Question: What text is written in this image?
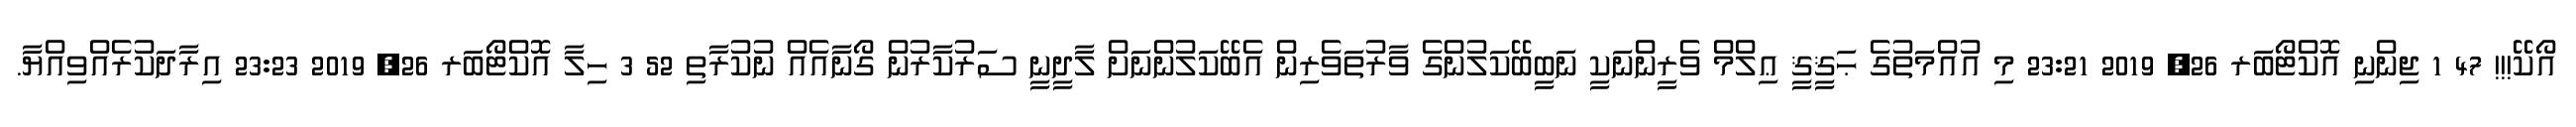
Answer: އޯކޭ!!! 47 1 ޖިންނި އޮކްޓޯބަރ 26, 2019 23:21 މި އުއްމަތުގެ ޙަޤީޤީ ޢިލްމް ވެރީންނަކީ ނަބީބޭކަލުންގެ ވާރުތަވެރިން އެބޭކަލުންނަށް ލާދީނީ ސަރުކާރުން ގޯނާއެއް ނުކުރާތި 52 3 ހިލާ އޮކްޓޯބަރ 26, 2019 23:23 އިރާދަކުރެއްވިއްޔާ.